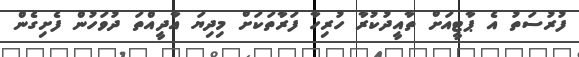
ފުރުސަތު އެ ޕާޓީއަށް ތާއީދުކުރާ ހުރިހާ ފަރާތަކަށް މިދިޔަ އާދީއްތަ ދުވަހުން ފެށިގެން